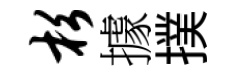
杉據撲